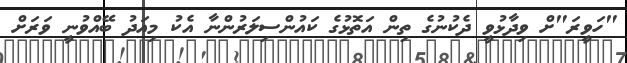
"ހަވީރަ"ށް ވިދާޅުވީ ދެކުނުގެ ތިން އަތޮޅުގެ ކައުންސިލަރުންނާ އެކު މިއަދު ބޭއްވުނީ ވަރަށް